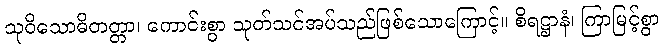
သုဝိသောဓိတတ္တာ၊ ကောင်းစွာ သုတ်သင်အပ်သည်ဖြစ်သောကြောင့်။ စိရဋ္ဌာနံ၊ ကြာမြင့်စွာ